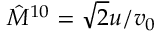
\hat { M } ^ { 1 0 } = \sqrt { 2 } u / v _ { 0 }